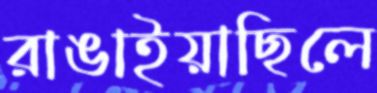
রাঙাইয়াছিলে